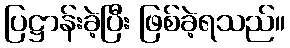
ပြဋ္ဌာန်းခဲ့ပြီး ဖြစ်ခဲ့ရသည်။